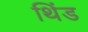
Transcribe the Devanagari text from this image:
थिंड